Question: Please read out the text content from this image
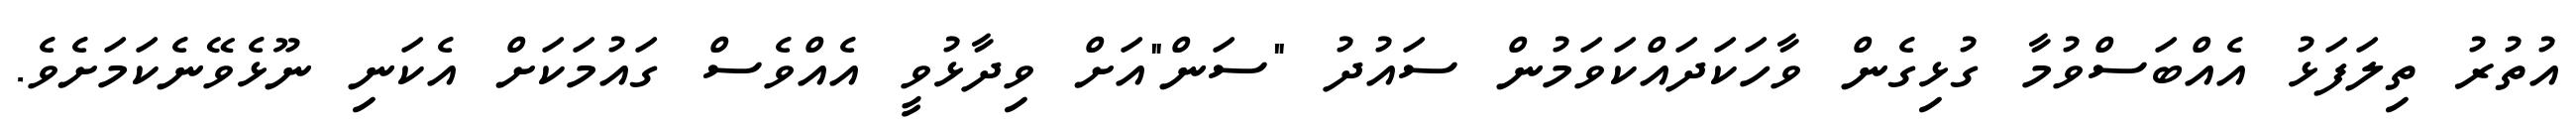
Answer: އުތުރު ތިލަފަޅު އެއްބަސްވުމާ ގުޅިގެން ވާހަކަދައްކަވަމުން ސައުދު "ސަން"އަށް ވިދާޅުވީ އެއްވެސް ގައުމަކަށް އެކަނި ނޫޅެވޭނެކަމަށެވެ.